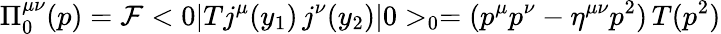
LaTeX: {\Pi}_{0}^{\mu\nu}(p)={\cal F}<0|Tj^{\mu}(y_{1})\, j^{\nu}(y_{2})|0>_{0}=(p^{\mu}p^{\nu}-\eta^{\mu\nu}p^{2})\, T(p^{2})